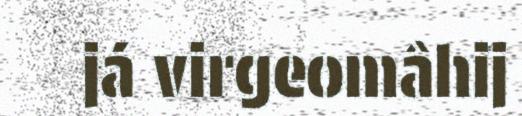
já virgeomâhij